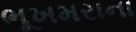
ભૂખમરાના